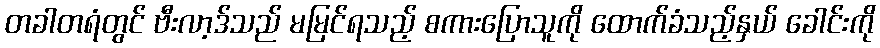
တခါတရံတွင် ဗီးလာ့ဒ်သည် မမြင်ရသည့် စကားပြောသူကို ထောက်ခံသည့်နှယ် ခေါင်းကို